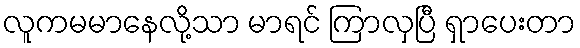
လူကမမာနေလို့သာ မာရင် ကြာလှပြီ ရှာပေးတာ